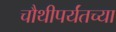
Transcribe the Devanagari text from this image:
चौथीपर्यंतच्या